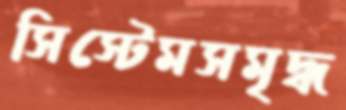
সিস্টেমসমৃদ্ধ